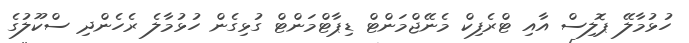
ހުޅުމާލޭ ޕޮލިސް އާއި ޓްރެފިކް މެނޭޖްމަންޓް ޑިޕާޓްމަންޓް ގުޅިގެން ހުޅުމާލެ ރެހެންދި ސްކޫލުގެ